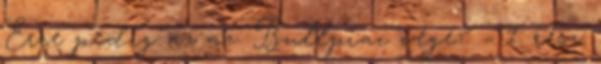
Erre pedig az az. Bullpiac vége? – 1. rész: